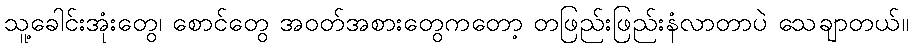
သူ့ခေါင်းအုံးတွေ၊ စောင်တွေ အဝတ်အစားတွေကတော့ တဖြည်းဖြည်းနံလာတာပဲ သေချာတယ်။